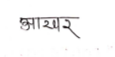
मजकूर: आखर